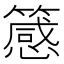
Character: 䉞